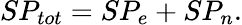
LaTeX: SP_{tot}=SP_{e}+SP_{n}.